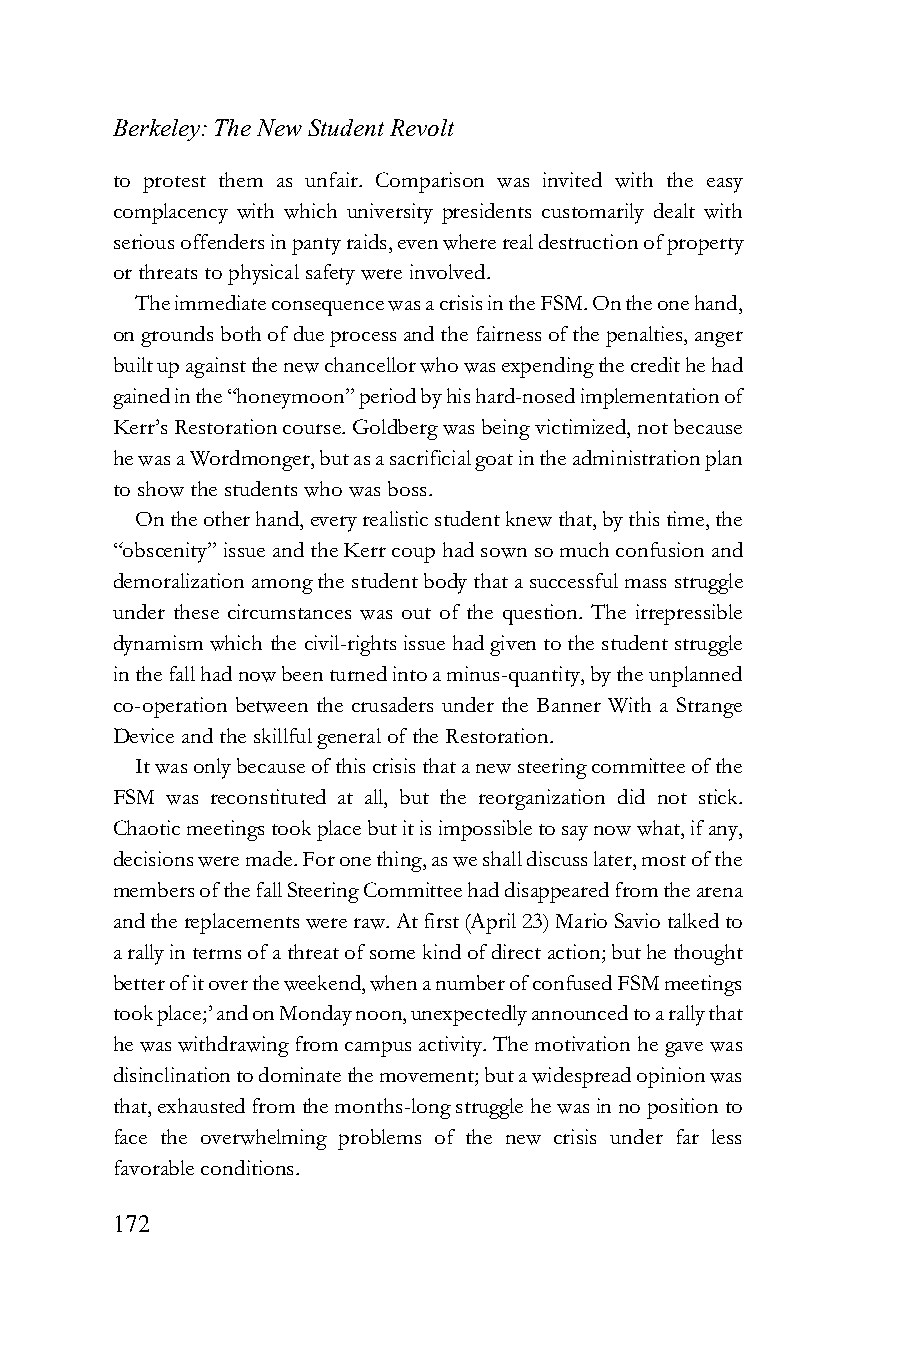
Berkeley: The New Student Revolt
 to protest them as unfair. Comparison was invited with the easy
 complacency with which university presidents customarily dealt with
 serious offenders in panty raids, even where real destruction of property
 or threats to physical safety were involved.
 The immediate consequence was a crisis in the FSM. On the one hand,
 on grounds both of due process and the fairness of the penalties, anger
 built up against the new chancellor who was expending the credit he had
 gained in the “honeymoon” period by his hard-nosed implementation of
 Kerr’s Restoration course. Goldberg was being victimized, not because
 he was a Wordmonger, but as a sacrificial goat in the administration plan
 to show the students who was boss.
 On the other hand, every realistic student knew that, by this time, the
 “obscenity” issue and the Kerr coup had sown so much confusion and
 demoralization among the student body that a successful mass struggle
 under these circumstances was out of the question. The irrepressible
 dynamism which the civil-rights issue had given to the student struggle
 in the fall had now been turned into a minus-quantity, by the unplanned
 co-operation between the crusaders under the Banner With a Strange
 Device and the skillful general of the Restoration.
 It was only because of this crisis that a new steering committee of the
 FSM was reconstituted at all, but the reorganization did not stick.
 Chaotic meetings took place but it is impossible to say now what, if any,
 decisions were made. For one thing, as we shall discuss later, most of the
 members of the fall Steering Committee had disappeared from the arena
 and the replacements were raw. At first (April 23) Mario Savio talked to
 a rally in terms of a threat of some kind of direct action; but he thought
 better of it over the weekend, when a number of confused FSM meetings
 took place;’ and on Monday noon, unexpectedly announced to a rally that
 he was withdrawing from campus activity. The motivation he gave was
 disinclination to dominate the movement; but a widespread opinion was
 that, exhausted from the months-long struggle he was in no position to
 face the overwhelming problems of the new crisis under far less
 favorable conditions.
 172